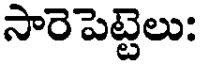
సారెపెట్టెలు: